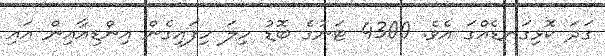
ގަދަ ކޮޅިގަނޑެއްގަ އެވެ. 4300 ޓަނުގެ ބޮޑު ހިލަ ހިފައިގެން އިންޑިއާއިން އައި